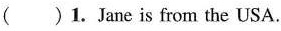
( )1.Jane is from the USA.